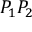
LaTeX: P _ { 1 } P _ { 2 }